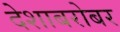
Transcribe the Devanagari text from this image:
देशाबरोबर